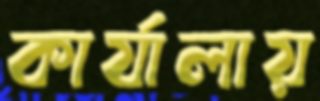
কার্যালায়